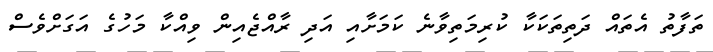
ތަފާތު އެތައް ދަތިތަކަކާ ކުރިމަތިވާނެ ކަމަށާއި އަދި ރާއްޖެއިން ވިއްކާ މަހުގެ އަގަށްވެސް